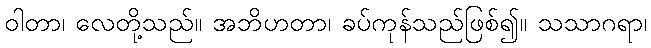
ဝါတာ၊ လေတို့သည်။ အဘိဟတာ၊ ခပ်ကုန်သည်ဖြစ်၍။ သသာဂရာ၊